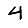
Digit: 4